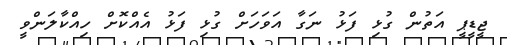
ޖީޑީޕީ އަތުން ގުޅި ފަޅު ނަގާ އަވަހަށް ގުޅި ފަޅު އެއްކޮށް ހިއްކާލަންވީ